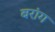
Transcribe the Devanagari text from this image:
बरांग